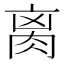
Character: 𦛄